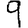
Digit: 9